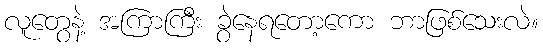
လူတွေနဲ့ အကြာကြီး ခွဲနေရတော့ကော ဘာဖြစ်သေးလဲ။